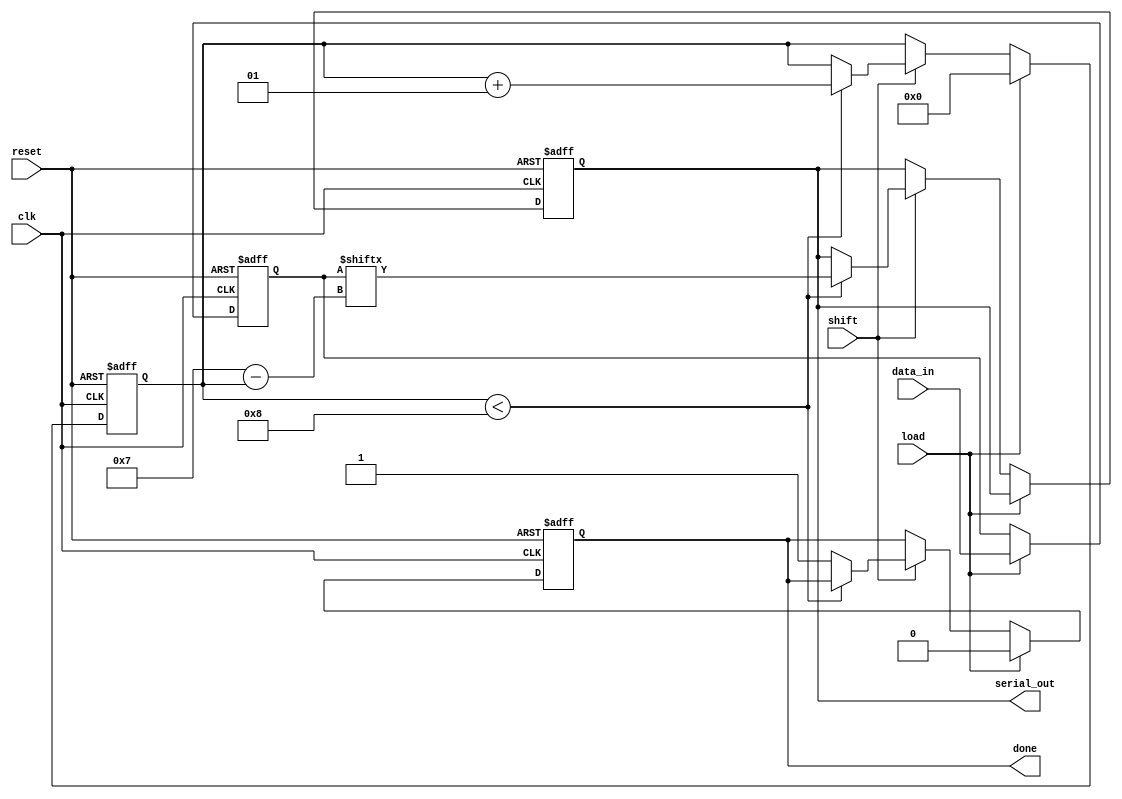
module piso_register #(
    parameter N = 8,          // Configurable width of the register
    parameter MSB_FIRST = 1   // Configurable bit order: 1 for MSB first, 0 for LSB first
)(
    input wire clk,           // Clock signal
    input wire reset,         // Asynchronous reset signal
    input wire load,          // Load control signal
    input wire shift,         // Shift control signal
    input wire [N-1:0] data_in, // Parallel input data
    output reg serial_out,    // Serial output data
    output reg done           // Indicates when all bits have been shifted out
);

    reg [N-1:0] shift_reg;     // Shift register to hold the data
    integer count;             // Counter for the number of bits shifted out

    always @(posedge clk or posedge reset) begin
        if (reset) begin
            shift_reg <= 0;    // Clear the shift register on reset
            serial_out <= 0;   // Clear serial output
            count <= 0;        // Reset the counter
            done <= 0;         // Reset done flag
        end else begin
            if (load) begin
                shift_reg <= data_in; // Load parallel data into the shift register
                count <= 0;            // Reset the counter
                done <= 0;             // Reset done flag
            end else if (shift) begin
                if (count < N) begin
                    // Shift out data based on configuration
                    if (MSB_FIRST) begin
                        serial_out <= shift_reg[N-1-count]; // Shift MSB first
                    end else begin
                        serial_out <= shift_reg[count];     // Shift LSB first
                    end
                    count <= count + 1;                     // Increment the counter
                end else begin
                    done <= 1;                               // Indicate that shifting is done
                end
            end
        end
    end

endmodule